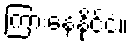
ကြားနေနိုင်ငံ။